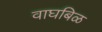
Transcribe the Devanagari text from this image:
वाघबिळ